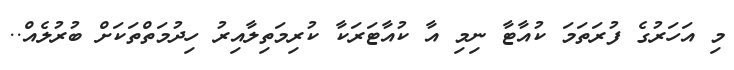
މި އަހަރުގެ ފުރަތަމަ ކުއާޓާ ނިމި އާ ކުއާޓަރަކާ ކުރިމަތިލާއިރު ހިދުމަތްތަކަށް ބުރުލެއް..